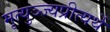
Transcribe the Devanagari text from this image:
मृत्युञ्ज्यप्रीत्यर्थे